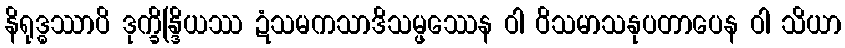
နိရုဒ္ဓဿာပိ ဒုက္ခိန္ဒြိယဿ ဍံသမကသာဒိသမ္ဖဿေန ဝါ ဝိသမာသနုပတာပေန ဝါ သိယာ